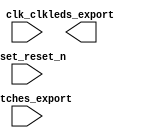

module nios_system (
	clk_clk,
	leds_export,
	reset_reset_n,
	switches_export);	

	input		clk_clk;
	output	[7:0]	leds_export;
	input		reset_reset_n;
	input	[7:0]	switches_export;
endmodule